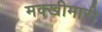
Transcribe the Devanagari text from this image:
मक्खीमारी